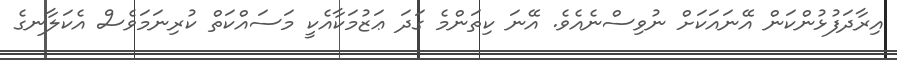
އިރާދަފުޅުންކަން އޭނައަކަށް ނުވިސްނެއެވެ. އޭނަ ކިތަންމެ ގަދަ ޢަޒުމަކާއެކީ މަސައްކަތް ކުރިނަމަވެސް އެކަލާނގެ